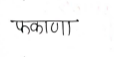
मजकूर: फकाणा